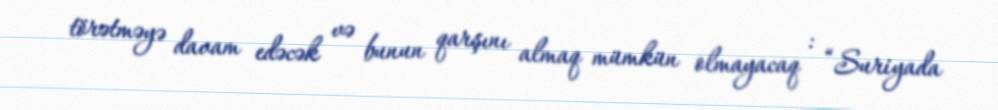
törətməyə davam edəcək və bunun qarşını almaq mümkün olmayacaq : “Suriyada